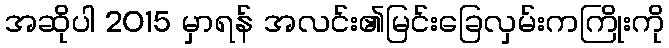
အဆိုပါ 2015 မှာရန် အလင်း၏မြင်းခြေလှမ်းကကြိုးကို